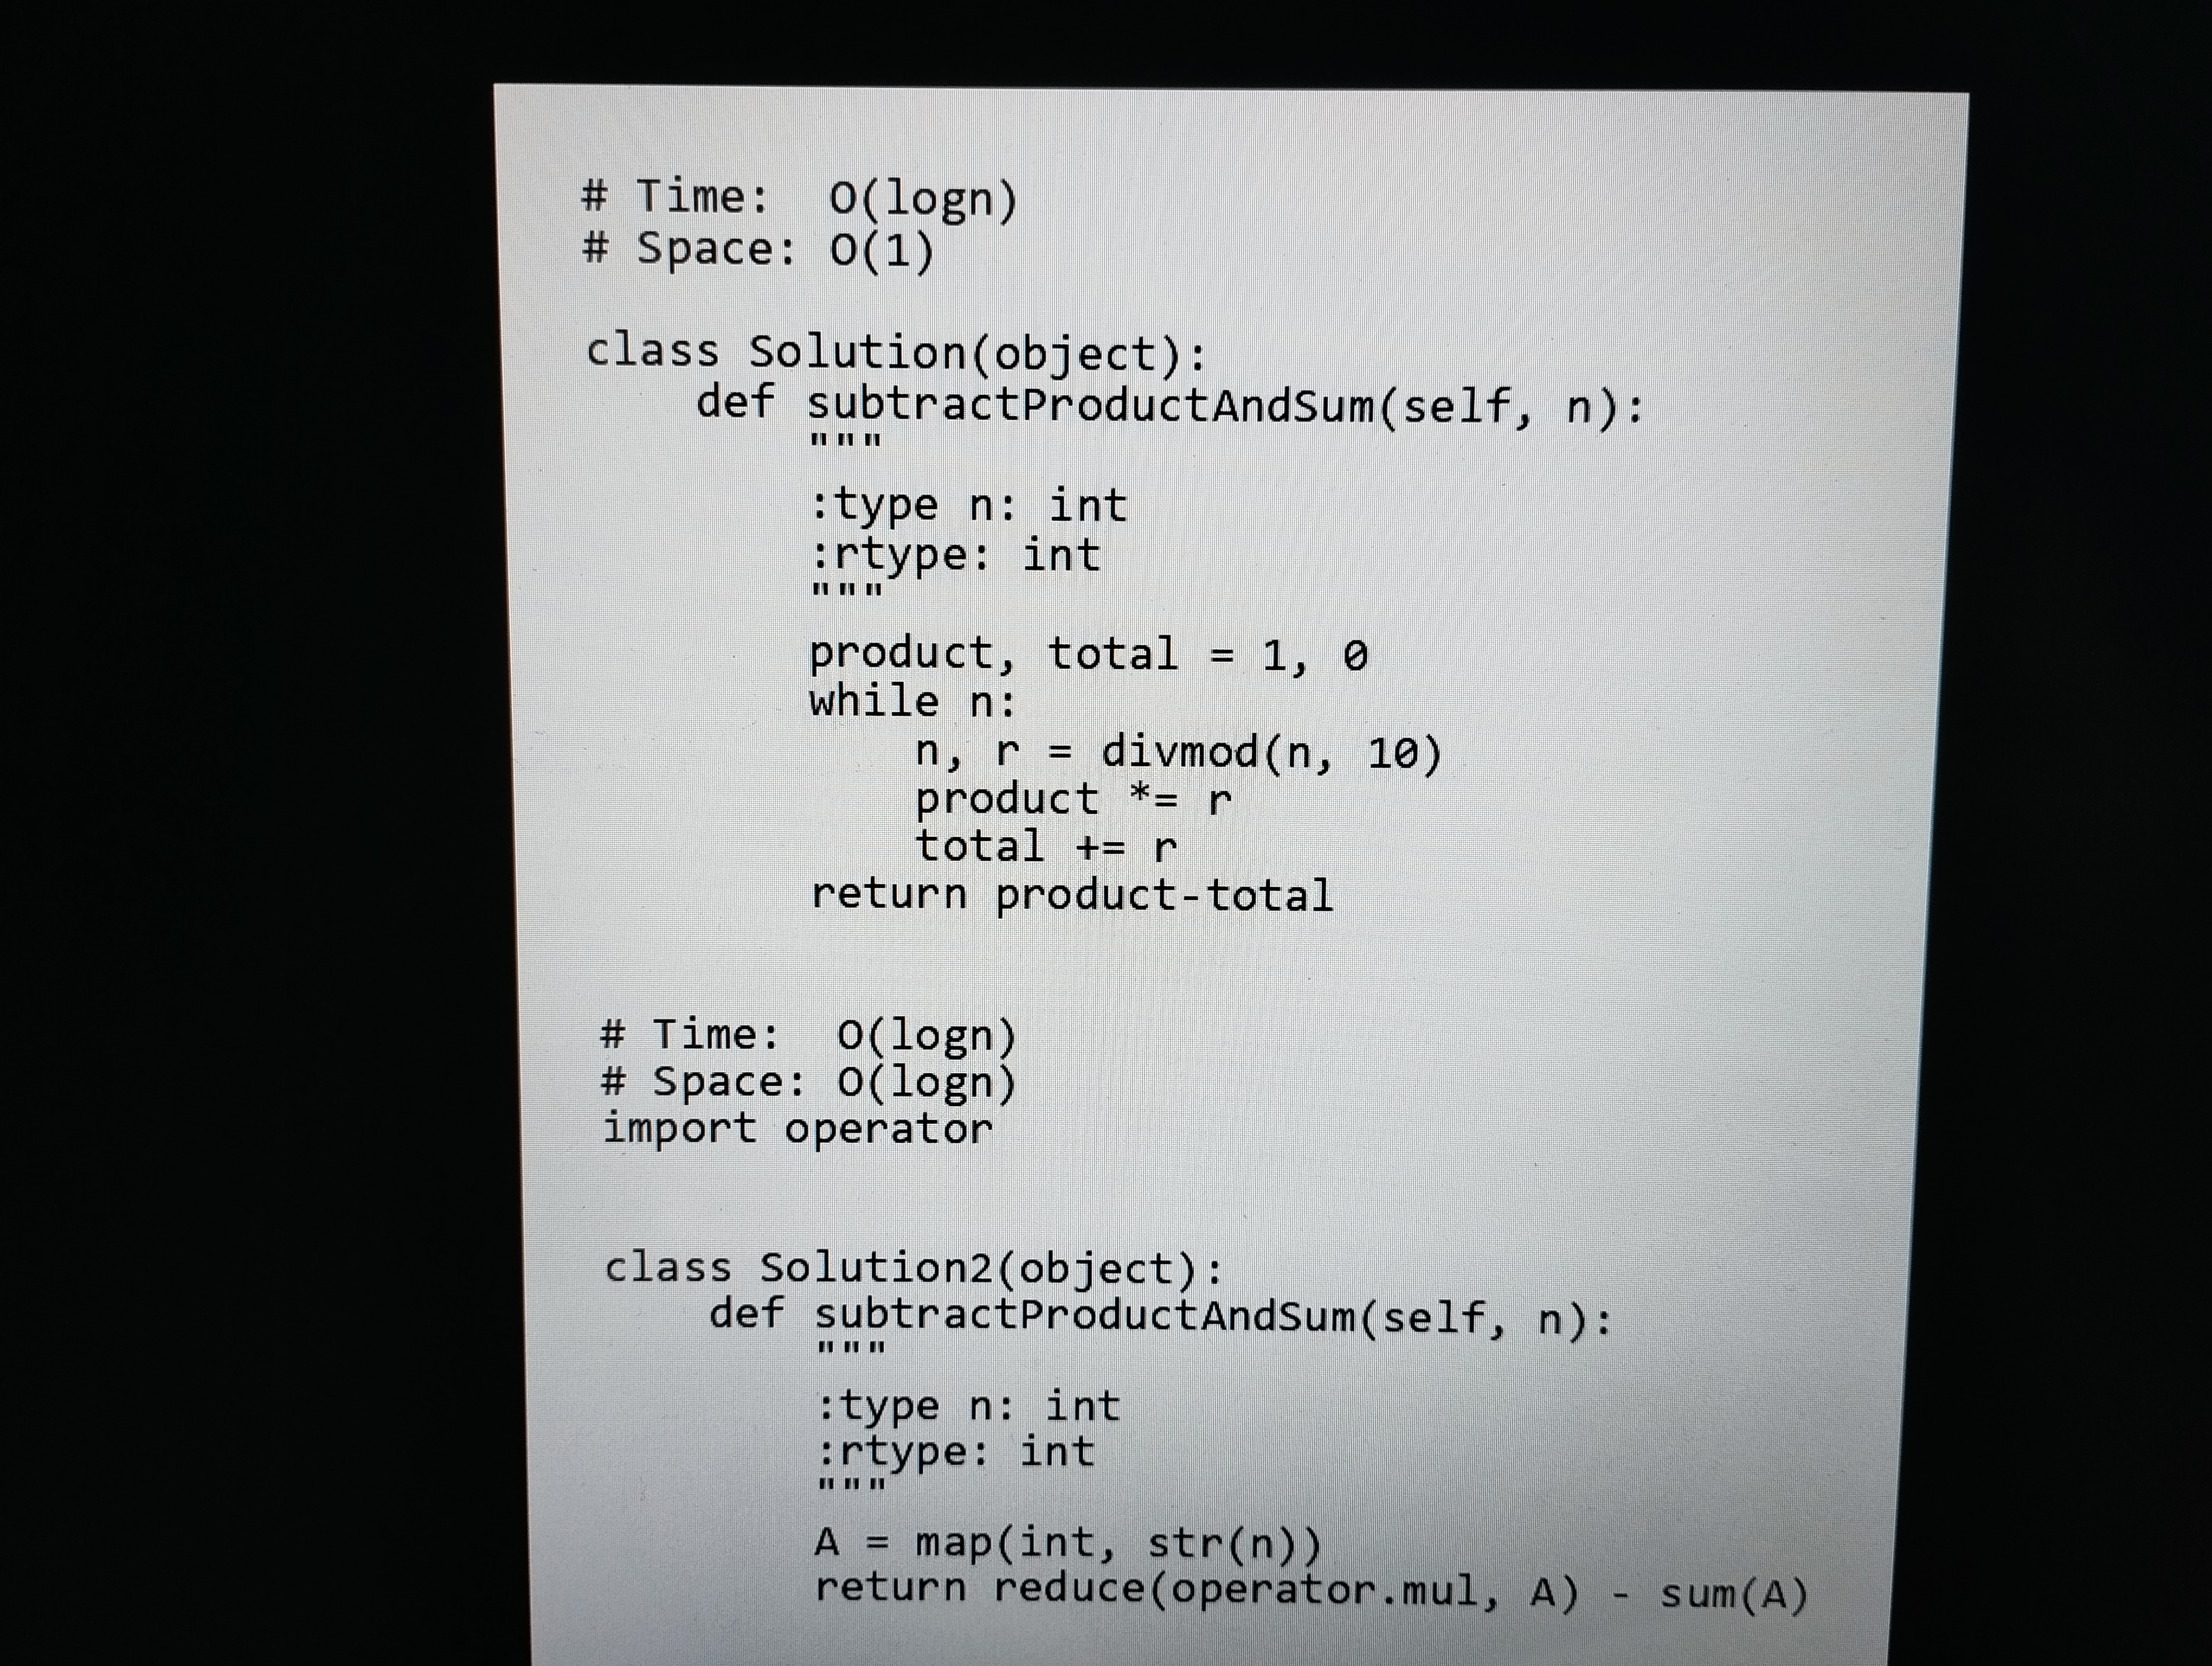
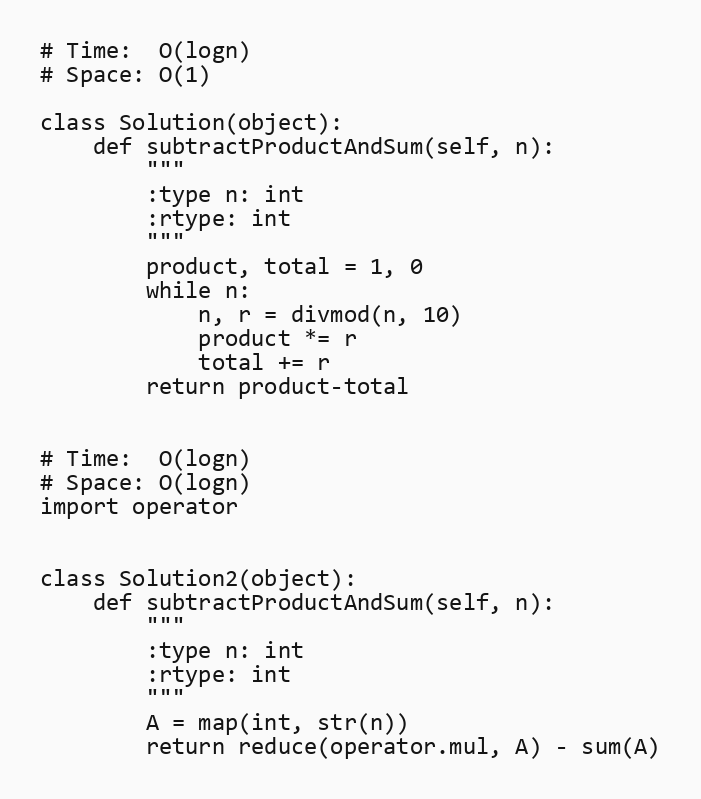
# Time:  O(logn)
# Space: O(1)

class Solution(object):
    def subtractProductAndSum(self, n):
        """
        :type n: int
        :rtype: int
        """
        product, total = 1, 0
        while n:
            n, r = divmod(n, 10)
            product *= r
            total += r
        return product-total

# Time:  O(logn)
# Space: O(logn)
import operator

class Solution2(object):
    def subtractProductAndSum(self, n):
        """
        :type n: int
        :rtype: int
        """
        A = map(int, str(n))
        return reduce(operator.mul, A) - sum(A)